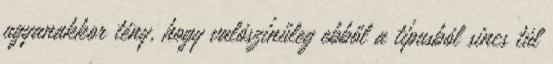
ugyanakkor tény, hogy valószínűleg ebből a típusból sincs túl